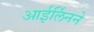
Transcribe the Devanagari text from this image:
आईर्लिनने